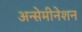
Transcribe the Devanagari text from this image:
अन्सेमीनेशन